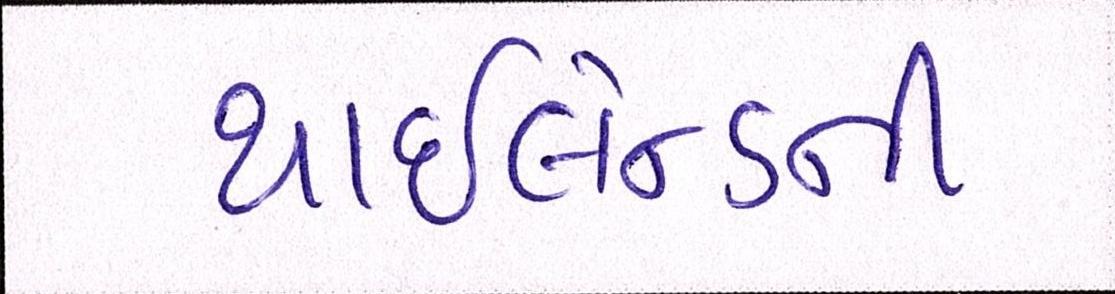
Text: થાઇલેન્ડની